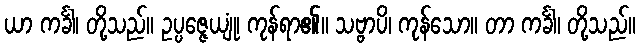
ယာ ကင်္ခါ၊ တို့သည်။ ဥပ္ပဇ္ဇေယျုံ၊ ကုန်ရာ၏။ သဗ္ဗာပိ၊ ကုန်သော။ တာ ကင်္ခါ၊ တို့သည်။